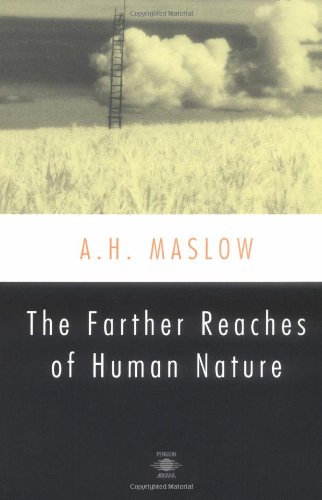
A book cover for The Farther Reaches of Human Nature; Abraham H. Maslow; Health, Fitness & Dieting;